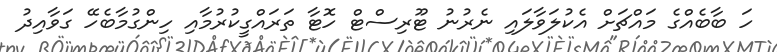
ހަ ބާބެއްގެ މައްޗަށް އެކުލަވާލައި ނެރުނު ޓޫރިސްޓް ހޮޓާ ތަރައްގީކުރުމާއި ހިންގުމާބެހޭ ގަވާއިދު